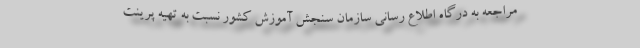
مراجعه به درگاه اطلاع رسانی سازمان سنجش آموزش کشور نسبت به تهیه پرینت